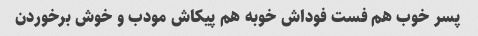
پسر خوب هم فست فوداش خوبه هم پیکاش مودب و خوش برخوردن